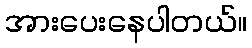
အားပေးနေပါတယ်။